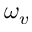
\omega _ { v }